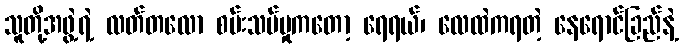
သူတို့အဖွဲ့ရဲ့ လတ်တလော စမ်းသပ်မှုကတော့ ရေရယ်၊ လေထဲကရတဲ့ နေရောင်ခြည်နဲ့